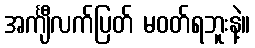
အင်္ကျီလက်ပြတ် မဝတ်ရဘူးနဲ့။